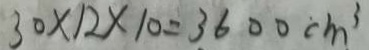
3 0 \times 1 2 \times 1 0 = 3 6 0 0 c m ^ { 3 }